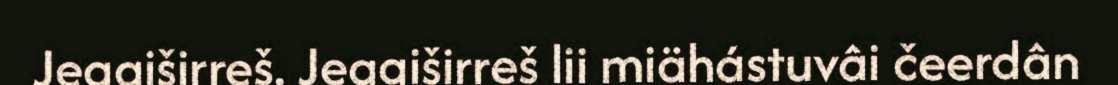
Jeggiširreš. Jeggiširreš lii miähástuvâi čeerdân